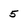
Character: 5